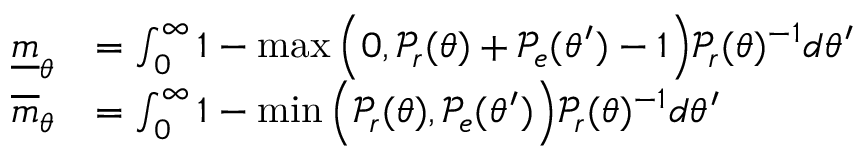
\begin{array} { r l } { \underline { { m } } _ { \theta } } & { = \int _ { 0 } ^ { \infty } 1 - \operatorname* { m a x } \Big ( 0 , \mathcal { P } _ { r } ( \theta ) + \mathcal { P } _ { e } ( \theta ^ { \prime } ) - 1 \Big ) \mathcal { P } _ { r } ( \theta ) ^ { - 1 } d \theta ^ { \prime } } \\ { \overline { { m } } _ { \theta } } & { = \int _ { 0 } ^ { \infty } 1 - \operatorname* { m i n } \Big ( \mathcal { P } _ { r } ( \theta ) , \mathcal { P } _ { e } ( \theta ^ { \prime } ) \Big ) \mathcal { P } _ { r } ( \theta ) ^ { - 1 } d \theta ^ { \prime } } \end{array}